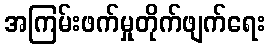
အကြမ်းဖက်မှုတိုက်ဖျက်ရေး